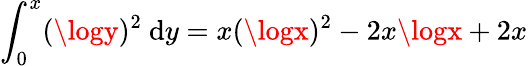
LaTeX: \int_{0}^{x}(\logy)^{2}\ \mathrm{d}y=x(\logx)^{2}-2x\logx+2x